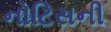
નોટિસની